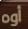
أوه